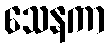
သေနကာ